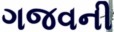
ગજવની